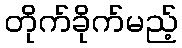
တိုက်ခိုက်မည့်